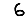
Digit: 6